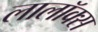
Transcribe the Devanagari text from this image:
लालॉक्स